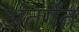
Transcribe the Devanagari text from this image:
अंतर्गंत